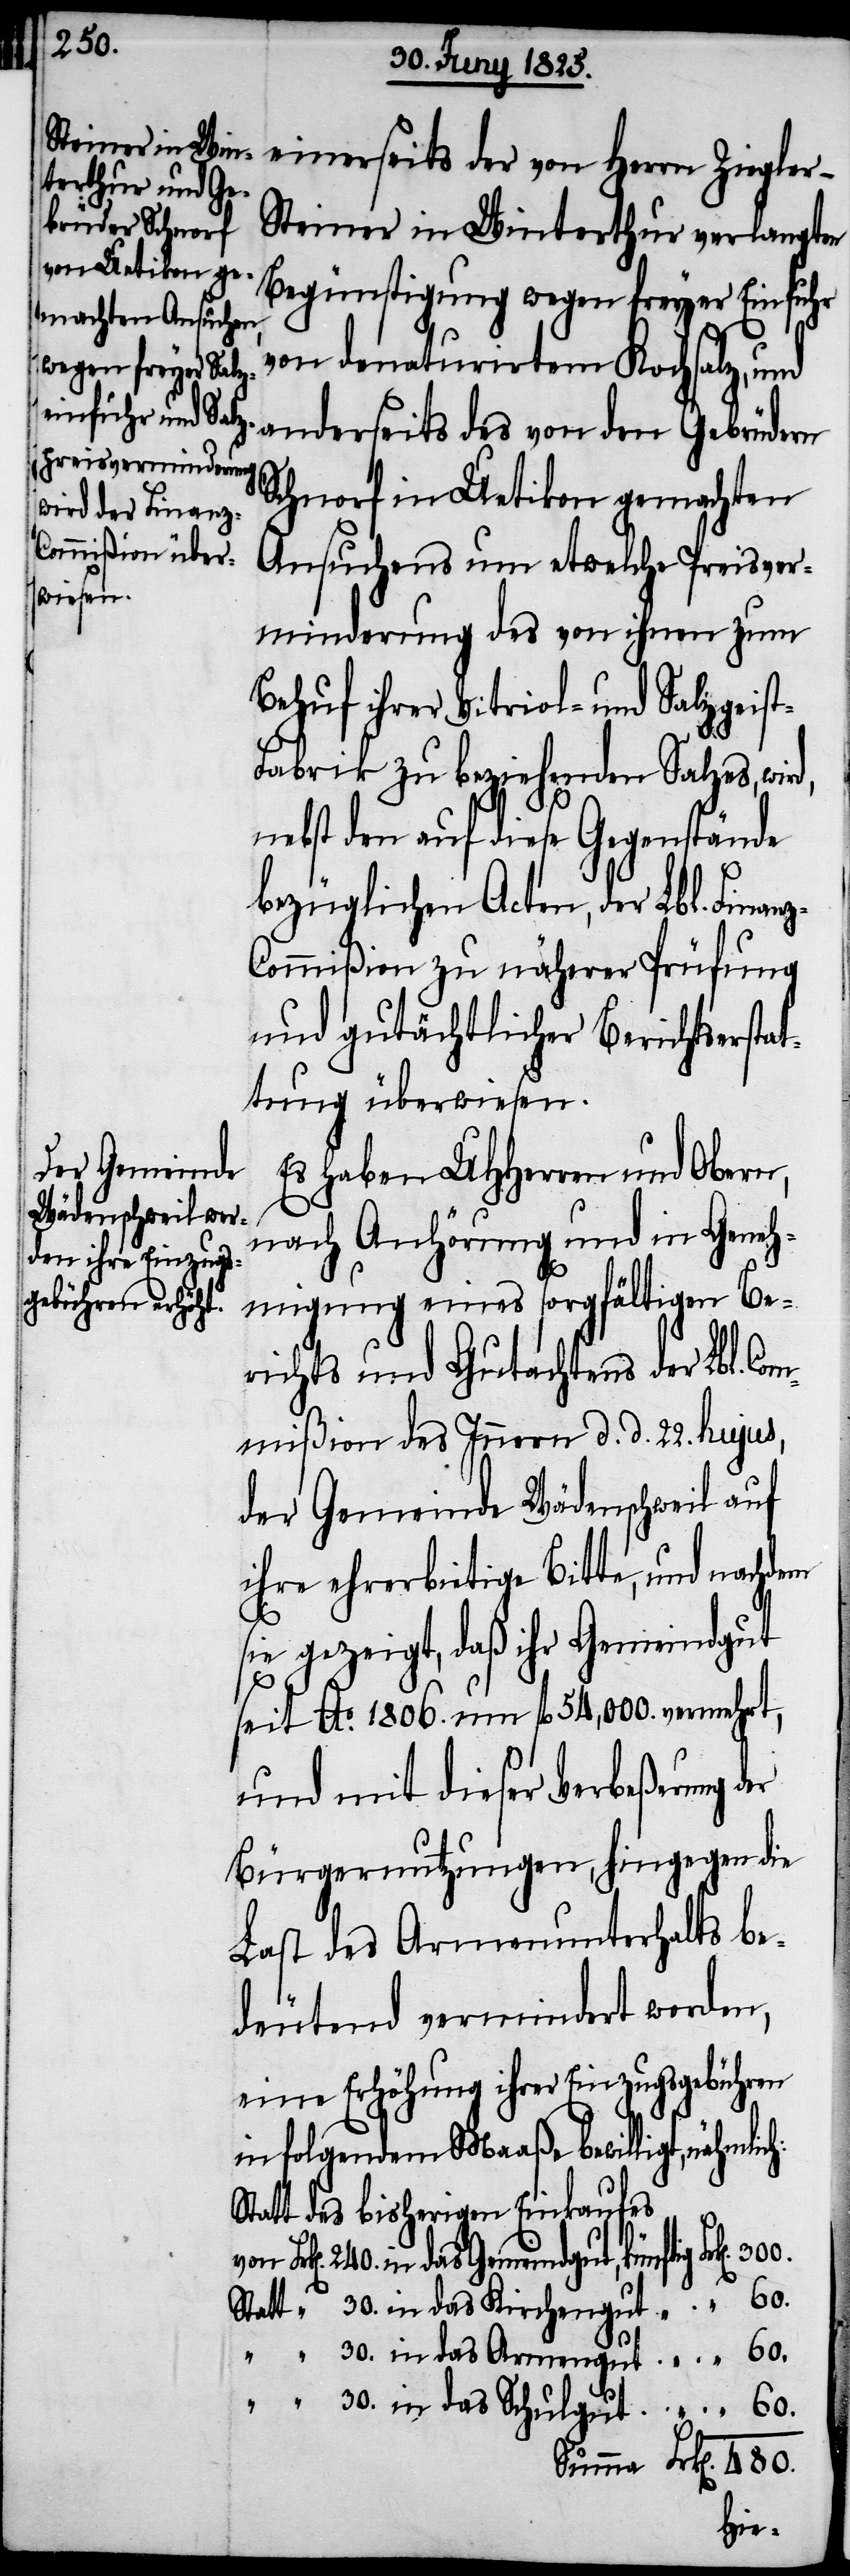
480.
einerseits der von Herrn Ziegler-S¬
teiner in Winterthur verlangten
Begünstigung wegen freyer Einfuhr
von denaturirtem Kochsalz, und
Schnorf in Uetikon gemachten
Ansuchens um etwelche Preisver¬
minderung des von ihnen zum
Behuf ihrer Vitriol- und Salzgeis¬
t-Fabrik zu beziehenden Salzes, wird,
nebst den auf diese Gegenstände
bezüglichen Acten, der Lbl. Finan¬
ommißion zu näherer Prüfung
und gutächtlicher Berichtserstat¬
tung überwiesen.
Es haben UHHerren und Obern,
nach Anhörung und in Geneh¬
migung eines sorgfältigen Be¬
richts und Gutachtens der Lbl. Co¬
mmißion des Innern d. d. 22. hujus,
der Gemeinde Wädenschweil auf
ihre ehrerbietige Bitte, und nachdem
sie gezeigt, daß ihr Gemeindgut
seit Ao. 1806. um fl 54,000. vermehrt,
und mit dieser Verbeßerung der
Bürgernutzungen, hingegen die
Last des Armenunterhalts be¬
deutend vermindert worden,
eine Erhöhung ihrer Einzugsgebühren
in folgendem Maaße bewilligt,
Statt des bisherigen Einkaufes
anderseits des von den Gebrüdern
z-C¬